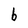
Character: b